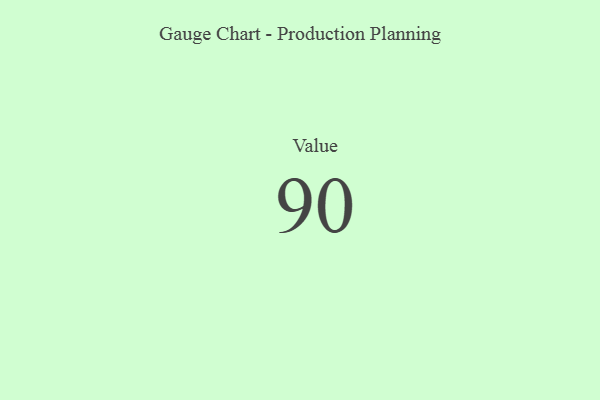
{"axis": {"x": "Metric", "y": "Value"}, "legend": [""], "data": [{"x": "Value", "y": 90, "type": ""}]}